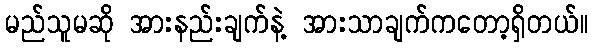
မည်သူမဆို အားနည်းချက်နဲ့ အားသာချက်ကတော့ရှိတယ်။